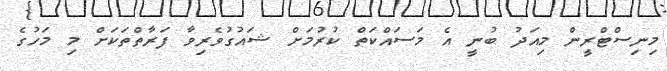
މިނިސްޓްރީން މިއަދު ބުނީ އެ މަސައްކަތް ކުރުމަށް ޝައުގުވެރިވާ ފަރާތްތަކަށް މި މަހުގެ